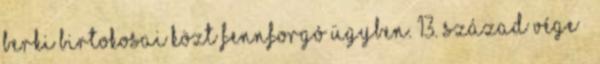
Berki birtokosai közt fennforgó ügyben. 13. század vége –